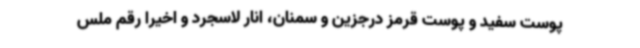
پوست سفید و پوست قرمز درجزین و سمنان، انار لاسجرد و اخیراً رقم ملس